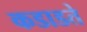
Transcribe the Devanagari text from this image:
कडाडते